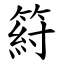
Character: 䈙